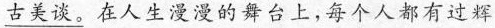
\underline{古美谈。}在人生漫漫的舞台上，每个人都有过辉